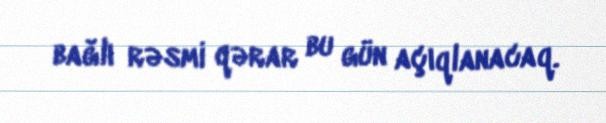
bağlı rəsmi qərar bu gün açıqlanacaq.